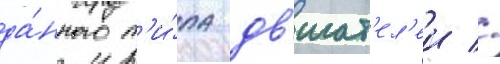
да́нного т'и́па дв'игат'ел'еи //